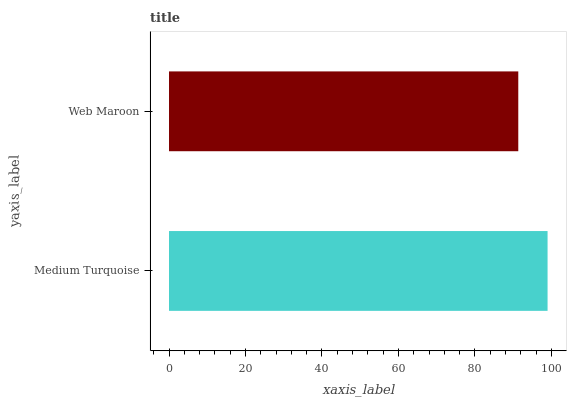
| yaxis_label | bars |
 | --- | --- |
 | Medium Turquoise | 99 |
 | Web Maroon | 91.3 |